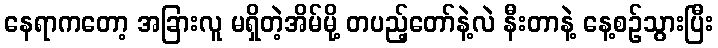
နေရာကတော့ အခြားလူ မရှိတဲ့အိမ်မို့ တပည့်တော်နဲ့လဲ နီးတာနဲ့ နေ့စဉ်သွားပြီး